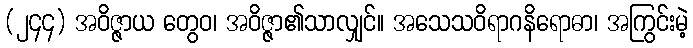
(၂၄၄) အဝိဇ္ဇာယ တွေဝ၊ အဝိဇ္ဇာ၏သာလျှင်။ အသေသဝိရာဂနိရောဓာ၊ အကြွင်းမဲ့